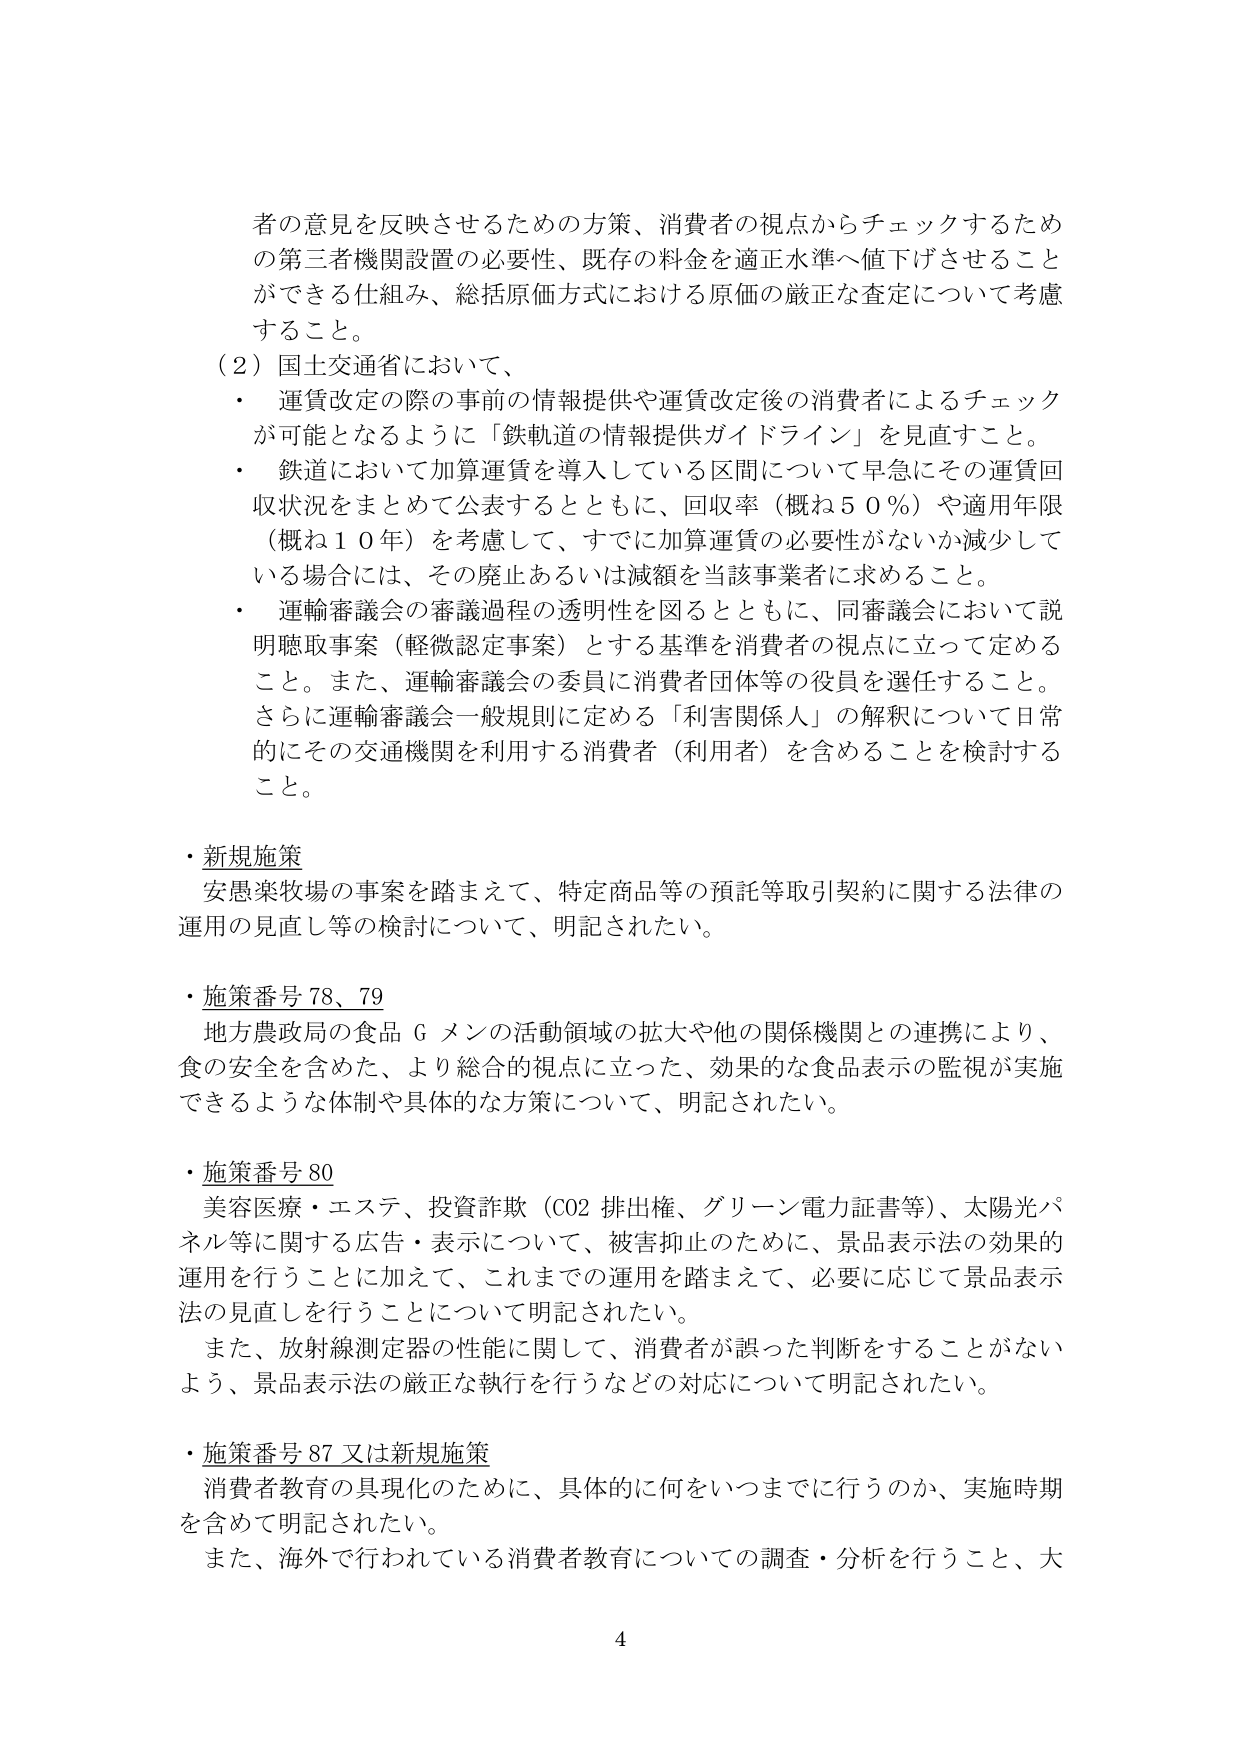
者の意見を反映させるための方策、消費者の視点からチェックするため
の第三者機関設置の必要性、既存の料金を適正水準へ値下げさせること
ができる仕組み、総括原価方式における原価の厳正な査定について考慮
すること。
（2）国土交通省において、
・ 運賃改定の際の事前の情報提供や運賃改定後の消費者によるチェック
が可能となるように「鉄軌道の情報提供ガイドライン」を見直すこと。
・ 鉄道において加算運賃を導入している区間について早急にその運賃回
収状況をまとめて公表するとともに、回収率（概ね５０％）や適用年限
（概ね１０年）を考慮して、すでに加算運賃の必要性がないか減少して
いる場合には、その廃止あるいは減額を当該事業者に求めること。
・ 運輸審議会の審議過程の透明性を図るとともに、同審議会において説
明聴取事案（軽微認定事案）とする基準を消費者の視点に立って定める
こと。また、運輸審議会の委員に消費者団体等の役員を選任すること。
さらに運輸審議会一般規則に定める「利害関係人」の解釈について日常
的にその交通機関を利用する消費者（利用者）を含めることを検討する
こと。
・新規施策
安愚楽牧場の事案を踏まえて、特定商品等の預託等取引契約に関する法律の
運用の見直し等の検討について、明記されたい。
・施策番号 78、79
地方農政局の食品Ｇメンの活動領域の拡大や他の関係機関との連携により、
食の安全を含めた、より総合的視点に立った、効果的な食品表示の監視が実施
できるような体制や具体的な方策について、明記されたい。
・施策番号 80
美容医療・エステ、投資詐欺（CO2 排出権、グリーン電力証書等）、太陽光パ
ネル等に関する広告・表示について、被害抑止のために、景品表示法の効果的
運用を行うことに加えて、これまでの運用を踏まえて、必要に応じて景品表示
法の見直しを行うことについて明記されたい。
また、放射線測定器の性能に関して、消費者が誤った判断をすることがない
よう、景品表示法の厳正な執行を行うなどの対応について明記されたい。
・施策番号 87 又は新規施策
消費者教育の具現化のために、具体的に何をいつまでに行うのか、実施時期
を含めて明記されたい。
また、海外で行われている消費者教育についての調査・分析を行うこと、大
4